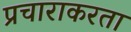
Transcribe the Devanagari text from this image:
प्रचाराकरता